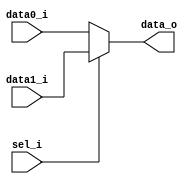
module MUX2to1_3bit(data0_i, data1_i, data_o, sel_i);
	input [2:0] data0_i, data1_i;
	input sel_i;
	output [2:0] data_o;
	
	wire [2:0] data0_i, data1_i, data_o;
	wire sel_i;
	
	assign data_o = (sel_i == 1'b0) ? data0_i : data1_i;
endmodule